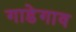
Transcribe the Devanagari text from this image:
गाडेगाव